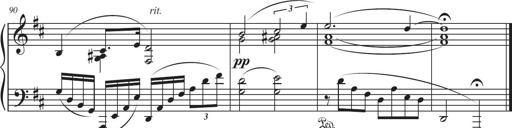
Title: Sonatina in D major
Composer: Shota Saitoh
Key: D major